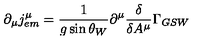
\partial _ { \mu } j _ { e m } ^ { \mu } = \frac 1 { g \sin \theta _ { W } } \partial ^ { \mu } \frac \delta { \delta A ^ { \mu } } \Gamma _ { G S W }